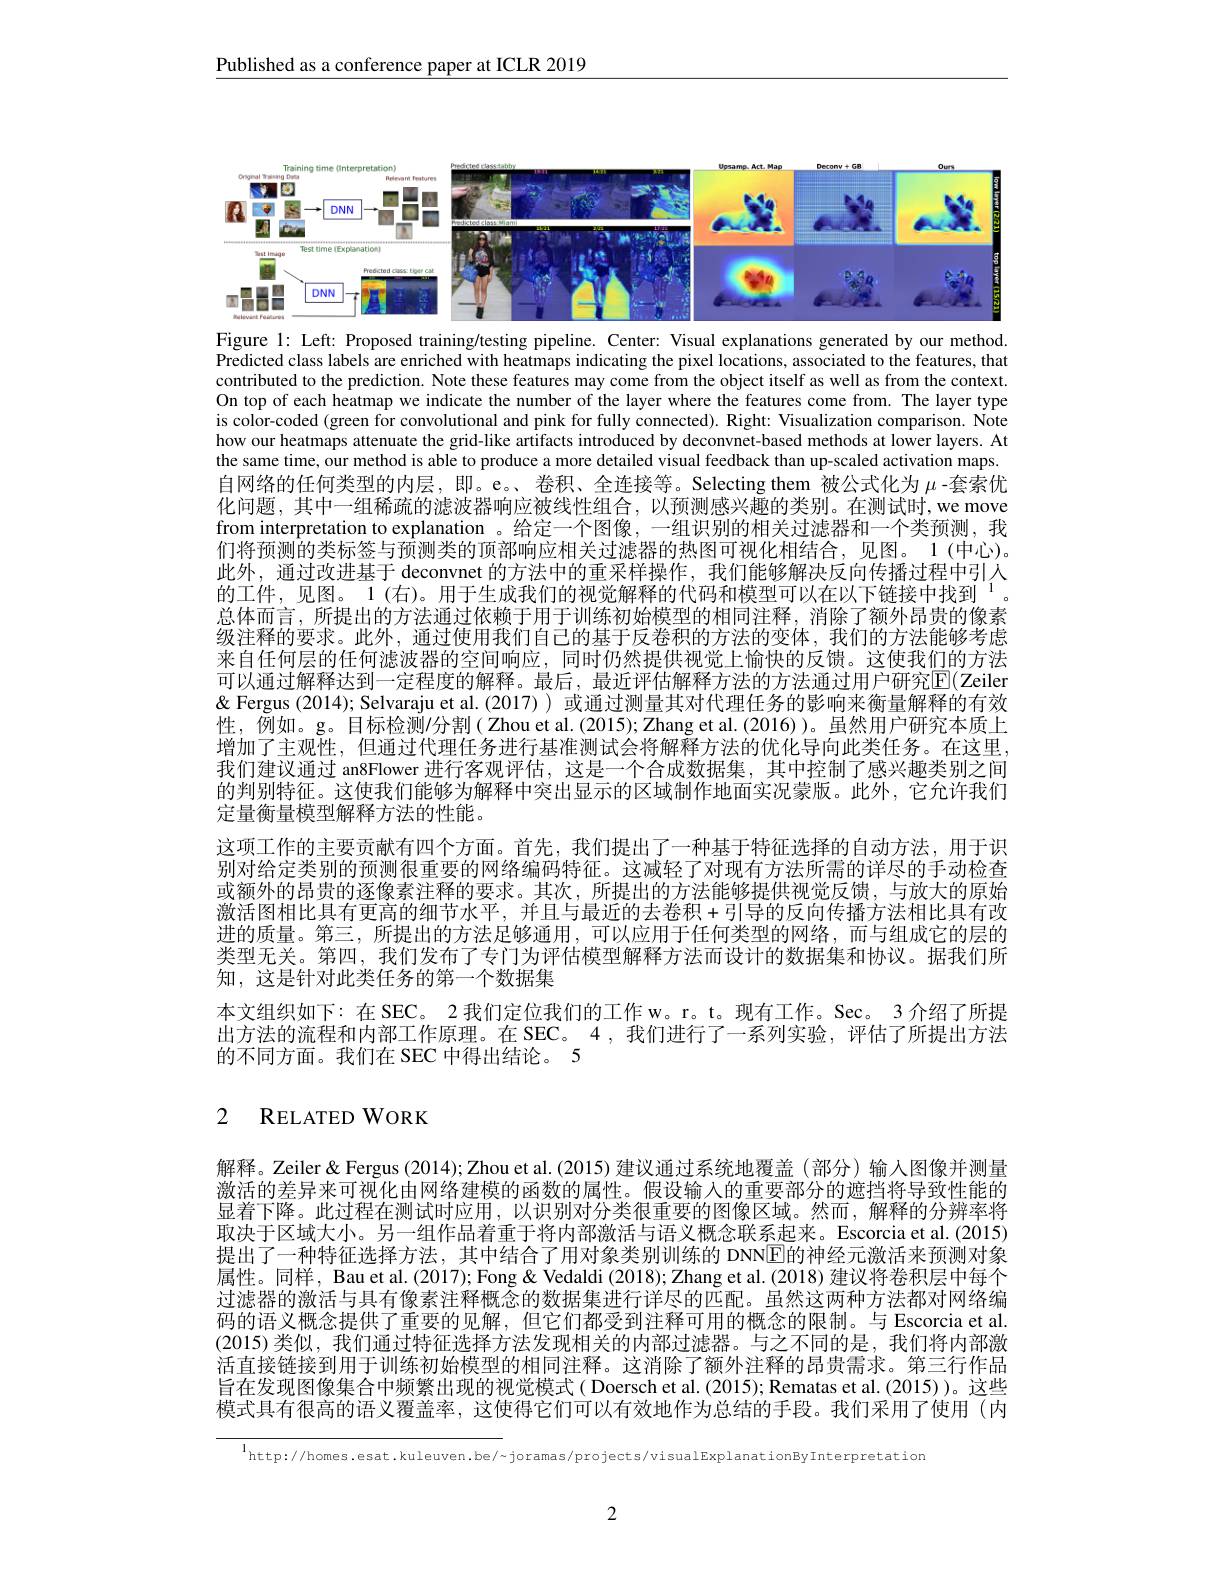
Published as a conference paper at ICLR 2019

<FigureHere>
Figure 1: Left: Proposed training/testing pipeline. Center: Visual explanations generated by our method

Predicted class labels are enriched with heatmaps indicating the pixel locations, associated to the features, that contributed to the prediction. Note these features may come from the object itself as well as from the context. On top of each heatmap we indicate the number of the layer where the features come from. The layer type is color-coded (green for convolutional and pink for fully connected). Right: Visualization comparison. Note how our heatmaps attenuate the grid-like artifacts introduced by deconvnet-based methods at lower layers. At the same time, our method is able to produce a more detailed visual feedback than up-scaled activation maps. 自网络的任何类型的内层，即。e。、卷积、全连接等。Selecting them 被公式化为$\mu$ -套索优化问题，其中一组稀疏的滤波器响应被线性组合，以预测感兴趣的类别。在测试时，we move from interpretation to explanation 。给定一个图像，一组识别的相关过滤器和一个类预测，我们将预测的类标签与预测类的顶部响应相关过滤器的热图可视化相结合，见图。1(中心)。此外，通过改进基于 deconvnet 的方法中的重采样操作，我们能够解决反向传播过程中引人的工件，见图。1(右)。用于生成我们的视觉解释的代码和模型可以在以下链接中找到$^{[\mathrm{r}]}$ 总体而言，所提出的方法通过依赖于用于训练初始模型的相同注释，消除了额外昂贵的像素级注释的要求。此外，通过使用我们自己的基于反卷积的方法的变体，我们的方法能够考虑来自任何层的任何滤波器的空间响应，同时仍然提供视觉上愉快的反馈。这使我们的方法可以通过解释达到一定程度的解释。最后，最近评估解释方法的方法通过用户研究E(Zeilen & Fergus (2014); Selvaraju et al. (2017) ) 或通过测量其对代理任务的影响来衡量解释的有效性，例如。g。目标检测/分割( Zhou et al.(2015);Zhang et al.(2016))。虽然用户研究本质上增加了主观性，但通过代理任务进行基准测试会将解释方法的优化导向此类任务。在这里， 我们建议通过 an8Flower 进行客观评估，这是一个合成数据集，其中控制了感兴趣类别之间的判别特征。这使我们能够为解释中突出显示的区域制作地面实况蒙版。此外，它允许我们定量衡量模型解释方法的性能。
这项工作的主要贡献有四个方面。首先，我们提出了一种基于特征选择的自动方法，用于识别对给定类别的预测很重要的网络编码特征。这减轻了对现有方法所需的详尽的手动检查或额外的昂贵的逐像素注释的要求。其次，所提出的方法能够提供视觉反馈，与放大的原始激活图相比具有更高的细节水平，并且与最近的去卷积+引导的反向传播方法相比具有改进的质量。第三，所提出的方法足够通用，可以应用于任何类型的网络，而与组成它的层的类型无关。第四，我们发布了专门为评估模型解释方法而设计的数据集和协议。据我们所知，这是针对此类任务的第一个数据集
本文组织如下：在 SEC。2 我们定位我们的工作 w。r。t。现有工作。Sec。3 介绍了所提出方法的流程和内部工作原理。在 SEC。4 ,我们进行了一系列实验，评估了所提出方法的不同方面。我们在 SEC 中得出结论。5

## 2 RELATEDWORK

解释。Zeiler& Fergus (2014); Zhou et al. (2015) 建议通过系统地覆盖 (部分) 输人图像并测量激活的差异来可视化由网络建模的函数的属性。假设输入的重要部分的遮挡将导致性能的显着下降。此过程在测试时应用，以识别对分类很重要的图像区域。然而，解释的分辨率将取决于区域大小。另一组作品着重于将内部激活与语义概念联系起来。Escorcia et al.(2015) 提出了一种特征选择方法，其中结合了用对象类别训练的 DNN$\boxed{\mathrm{E}}$的神经元激活来预测对象属性。同样，Bau et al. (2017); Fong & Vedaldi (2018); Zhang et al. (2018) 建议将卷积层中每个过滤器的激活与具有像素注释概念的数据集进行详尽的匹配。虽然这两种方法都对网络编码的语义概念提供了重要的见解，但它们都受到注释可用的概念的限制。与 Escorcia et al. (2015)类似，我们通过特征选择方法发现相关的内部过滤器。与之不同的是，我们将内部激活直接链接到用于训练初始模型的相同注释。这消除了额外注释的昂贵需求。第三行作品旨在发现图像集合中频繁出现的视觉模式 ( Doersch et al. (2015); Rematas et al.(2015))。这些模式具有很高的语义覆盖率，这使得它们可以有效地作为总结的手段。我们采用了使用(内

l http://homes.esat.kuleuven.be/~joramas/projects/visualExplanationByInterpretation

2